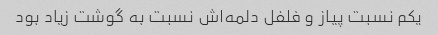
یکم نسبت پیاز و فلفل دلمه‌اش نسبت به گوشت زیاد بود